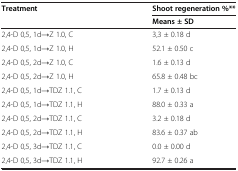
<table><thead><tr><td><b>Treatment</b></td><td><b>Shoot regeneration %**</b></td></tr><tr><td><b> </b></td><td><b>Means ± SD</b></td></tr></thead><tbody><tr><td>2,4-D 0,5, 1d→Z 1.0, C</td><td>3,3 ± 0.18 d</td></tr><tr><td>2,4-D 0,5, 1d→Z 1.0, H</td><td>52.1 ± 0.50 c</td></tr><tr><td>2,4-D 0,5, 2d→Z 1.0, C</td><td>1.6 ± 0.13 d</td></tr><tr><td>2,4-D 0,5, 2d→Z 1.0, H</td><td>65.8 ± 0.48 bc</td></tr><tr><td>2,4-D 0,5, 1d→TDZ 1.1, C</td><td>1.7 ± 0.13 d</td></tr><tr><td>2,4-D 0,5, 1d→TDZ 1.1, H</td><td>88.0 ± 0.33 a</td></tr><tr><td>2,4-D 0,5, 2d→TDZ 1.1, C</td><td>3.2 ± 0.18 d</td></tr><tr><td>2,4-D 0,5, 2d→TDZ 1.1, H</td><td>83.6 ± 0.37 ab</td></tr><tr><td>2,4-D 0,5, 3d→TDZ 1.1, C</td><td>0.0 ± 0.00 d</td></tr><tr><td>2,4-D 0,5, 3d→TDZ 1.1, H</td><td>92.7 ± 0.26 a</td></tr></tbody></table>